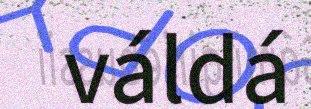
váldá